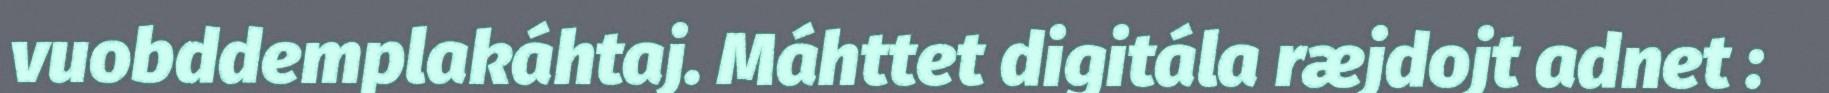
vuobddemplakáhtaj. Máhttet digitála ræjdojt adnet :